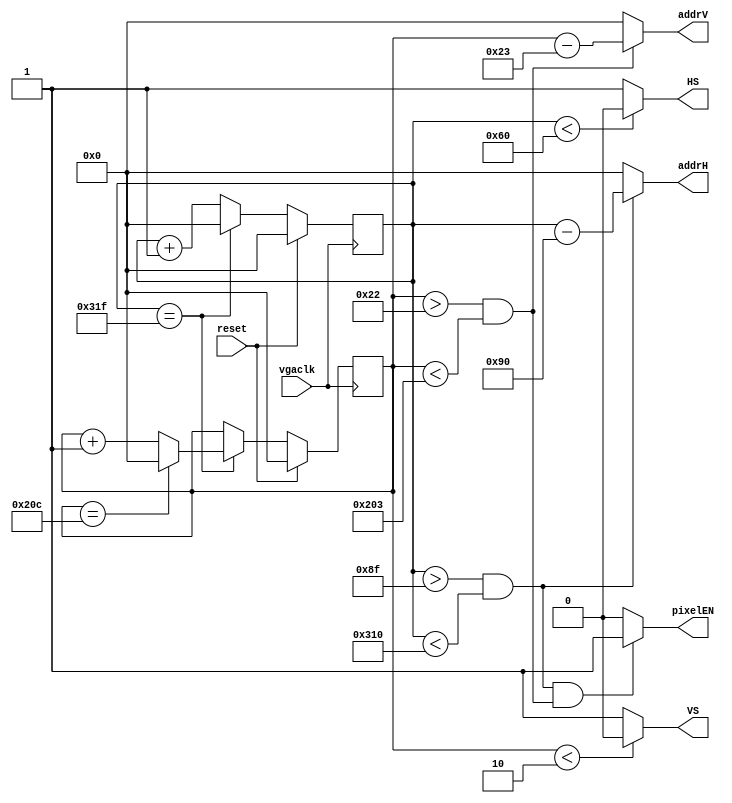
module vgacontroller #(parameter WIDTH = 10)(
	input wire reset,
	input wire vgaclk,
	output reg pixelEN,
	output reg HS,
	output reg VS,
	output reg [9:0] addrH,
	output reg [9:0] addrV
);
	
	reg [9:0] countH = 10'b0;  
	reg [9:0] countV = 10'b0;  

	always @ (posedge vgaclk) 
	begin
		if (reset)
		begin
			countH <= 10'd0;
			countV <= 10'd0;
		end
		else
		begin
			case (countH)
				10'd799: // end of horizontal
					begin
						countH <= 10'd0;
						case (countV)
							10'd524: countV <= 0; // end of vertical
							default: countV <= countV + 10'd1;
						endcase
					end
				default: countH <= countH + 10'd1;
			endcase
		end 
	end  
	
	
	always @ (*) begin
		HS = (countH < 10'd96) ? 1'b0: 1'b1; //Set the HS signal according to H_counter 
		VS = (countV < 10'd2) ? 1'b0 : 1'b1; //Set the VS signal according to V_counter 
		pixelEN = ((countH > 10'd143 && countH < 10'd784) && (countV > 10'd34 && countV < 10'd515))? 1'b1 : 1'b0; //Pixel enable signal 
		addrH = (countH > 10'd143 && countH < 10'd784)? (countH - 10'd144) : 10'd0;  //column address
		addrV = (countV > 10'd34 && countV < 10'd515) ? (countV - 10'd35) : 10'd0;   //row address
	end
	
	
endmodule